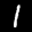
Label: 1